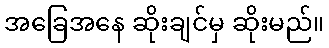
အခြေအနေ ဆိုးချင်မှ ဆိုးမည်။